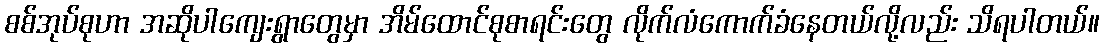
စစ်အုပ်စုဟာ အဆိုပါကျေးရွာတွေမှာ အိမ်ထောင်စုစာရင်းတွေ လိုက်လံကောက်ခံနေတယ်လို့လည်း သိရပါတယ်။